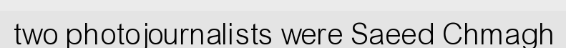
two photojournalists were Saeed Chmagh